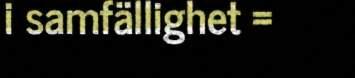
i samfällighet =